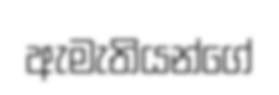
ඇමැතියන්ගේ